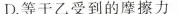
D.等于乙受到的摩擦力